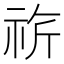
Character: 𥙚